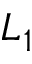
L _ { 1 }